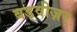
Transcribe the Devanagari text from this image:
बडवीज़र